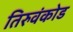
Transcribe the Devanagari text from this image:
तिरुवंकोड